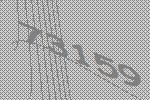
73159